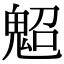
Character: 𩲤